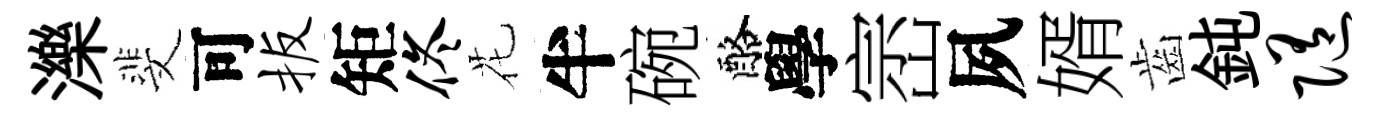
濼斐可扳矩佟花半碗酪學崈夙婿齒鈍随